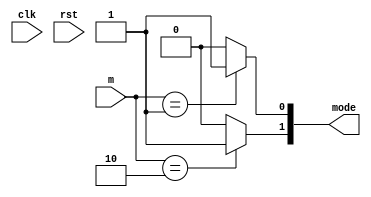
/*
   This file was generated automatically by the Mojo IDE version B1.3.6.
   Do not edit this file directly. Instead edit the original Lucid source.
   This is a temporary file and any changes made to it will be destroyed.
*/

module mode_util_5 (
    input clk,
    input rst,
    input [1:0] m,
    output reg [1:0] mode
  );
  
  
  
  always @* begin
    
    case (m)
      2'h1: begin
        mode[0+0-:1] = 1'h1;
        mode[1+0-:1] = 1'h0;
      end
      2'h2: begin
        mode[0+0-:1] = 1'h0;
        mode[1+0-:1] = 1'h1;
      end
      default: begin
        mode = 2'h0;
      end
    endcase
  end
endmodule